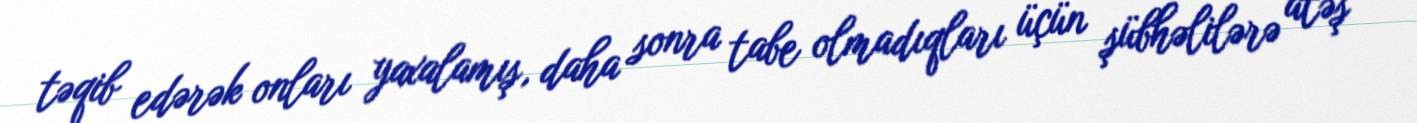
təqib edərək onları yaxalamış, daha sonra tabe olmadıqları üçün şübhəlilərə atəş